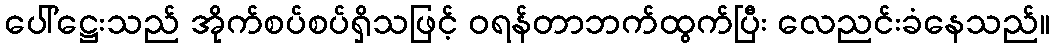
ပေါ်ဋ္ဌေးသည် အိုက်စပ်စပ်ရှိသဖြင့် ဝရန်တာဘက်ထွက်ပြီး လေညင်းခံနေသည်။